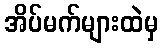
အိပ်မက်များထဲမှ